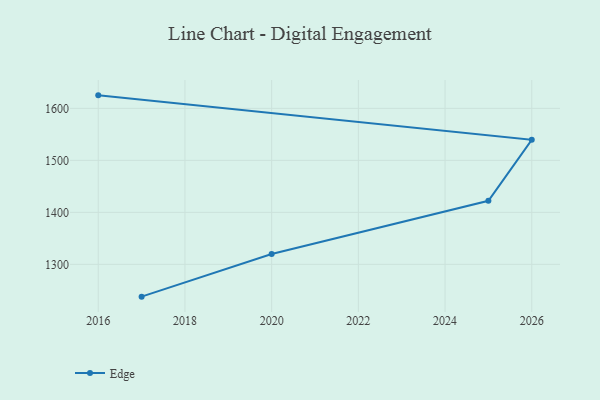
{"axis": {"x": "Year", "y": "Population (Million)"}, "legend": ["Edge"], "data": [{"x": "2016", "y": 1625.0, "type": "Edge"}, {"x": "2026", "y": 1539.6, "type": "Edge"}, {"x": "2025", "y": 1422.3, "type": "Edge"}, {"x": "2020", "y": 1319.8, "type": "Edge"}, {"x": "2017", "y": 1237.9, "type": "Edge"}]}